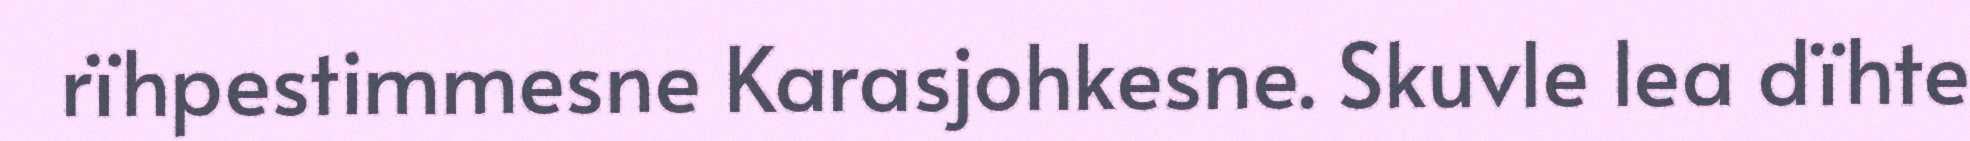
rïhpestimmesne Karasjohkesne. Skuvle lea dïhte